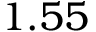
1 . 5 5